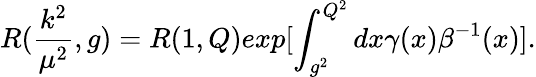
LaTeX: R(\frac{k^{2}}{{\mu}^{2}},g)=R(1,Q)exp[\int_{g^{2}}^{Q^{2}}dx\gamma(x){\beta}^{-1}(x)].